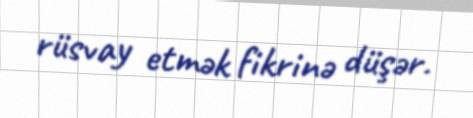
rüsvay etmək fikrinə düşər.